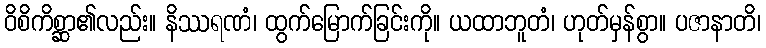
ဝိစိကိစ္ဆာ၏လည်း။ နိဿရဏံ၊ ထွက်မြောက်ခြင်းကို။ ယထာဘူတံ၊ ဟုတ်မှန်စွာ။ ပဇာနာတိ၊